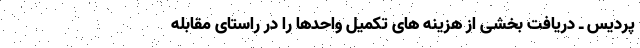
پردیس ـ دریافت بخشی از هزینه های تکمیل واحدها را در راستای مقابله